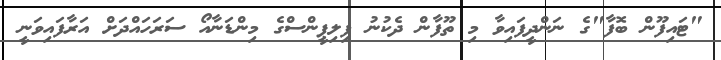
"ޓައިފޫން ބޮފާ"ގެ ނަންދީފައިވާ މި ތޫފާން ދެކުނު ފިލިޕީންސްގެ މިންޑަނާއޯ ސަރަހައްދަށް އަރާފައިވަނީ